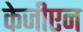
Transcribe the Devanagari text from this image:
केजीएन